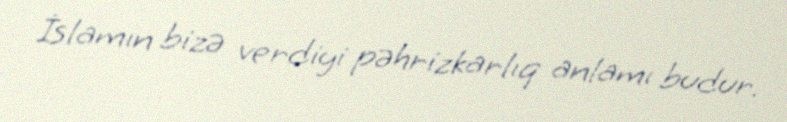
İslamın bizə verdiyi pəhrizkarlıq anlamı budur.